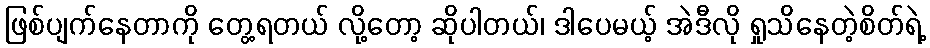
ဖြစ်ပျက်နေတာကို တွေ့ရတယ် လို့တော့ ဆိုပါတယ်၊ ဒါပေမယ့် အဲဒီလို ရှုသိနေတဲ့စိတ်ရဲ့